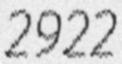
2922